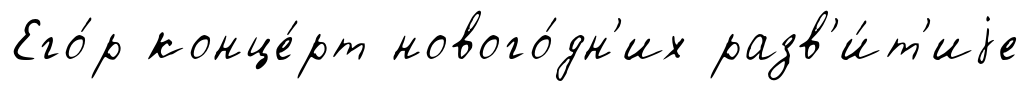
Его́р конце́рт нового́дн'их разв'и́т'иjе